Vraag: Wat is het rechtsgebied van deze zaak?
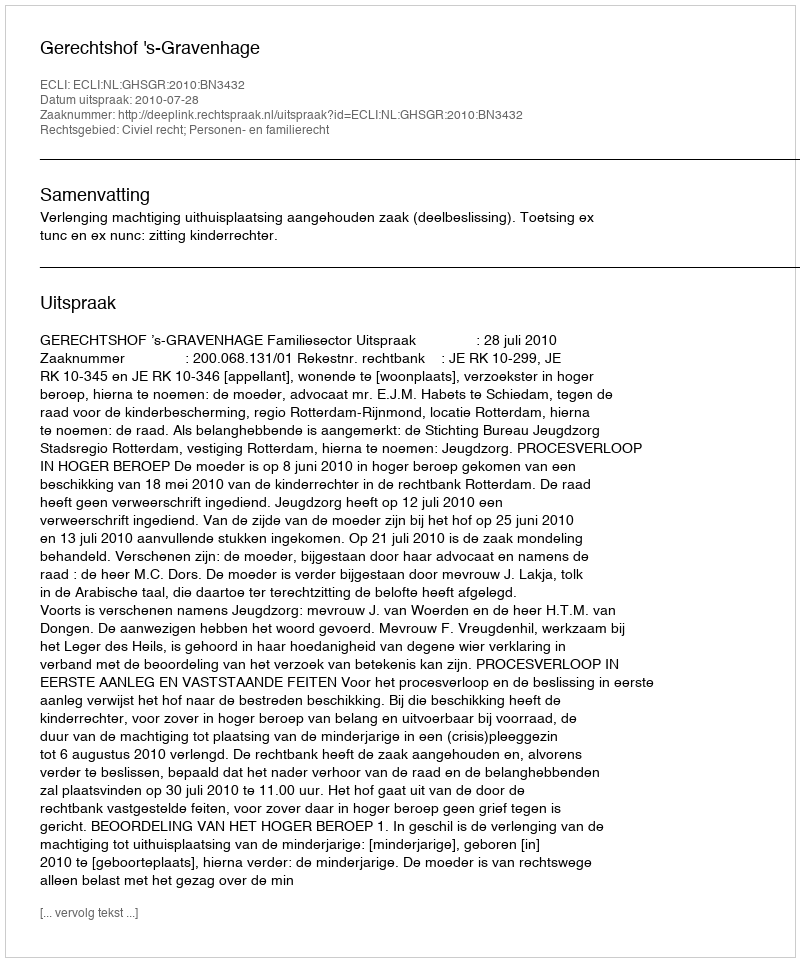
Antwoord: Civiel recht; Personen- en familierecht